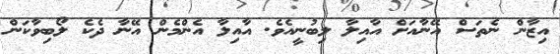
އިޒާން ނެތަސް އޭނާއަށް އާއިލާ ލިބުނީއެވެ. އާއިލާ އެންމެން އޭނާ ދެކެ ލޯބިވާކަން